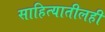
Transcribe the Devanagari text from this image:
साहित्यातीलही